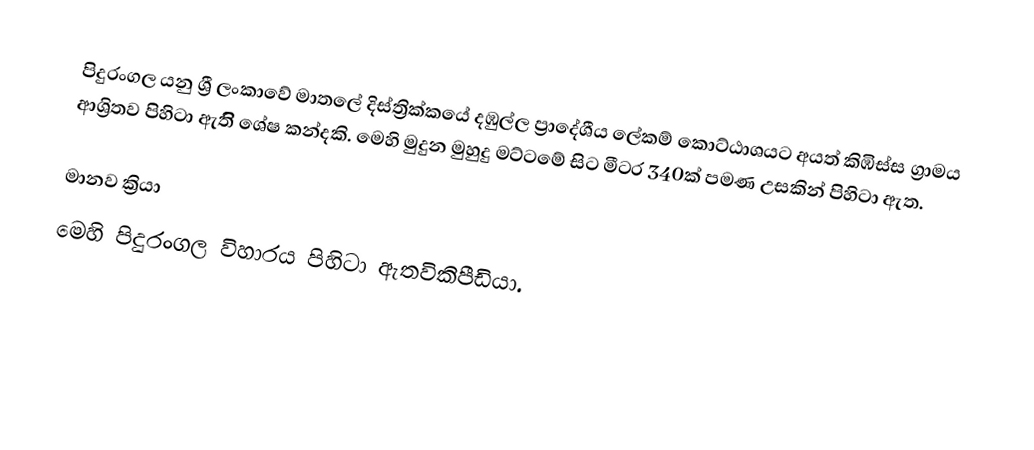
පිදුරංගල යනු ශ්‍රී ලංකාවේ මාතලේ දිස්ත්‍රික්කයේ දඹුල්ල ප්‍රාදේශීය ලේකම් කොට්ඨාශයට අයත් කිඹිස්ස  ග්‍රාමය ආශ්‍රිතව පිහිටා ඇතිි ශේෂ කන්දකි. මෙහි මුදුන මුහුදු මට්ටමේ සිට මීටර 340ක් පමණ උසකින් පිහිටා ඇත.

මානව ක්‍රියා
මෙහි පිදුරංගල විහාරය පිහිටා ඇතවිකිපීඩියා.